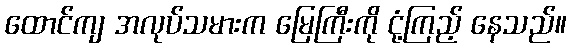
ထောင်ကျ အလုပ်သမားက မြေကြီးကို ငုံ့ကြည့် နေသည်။